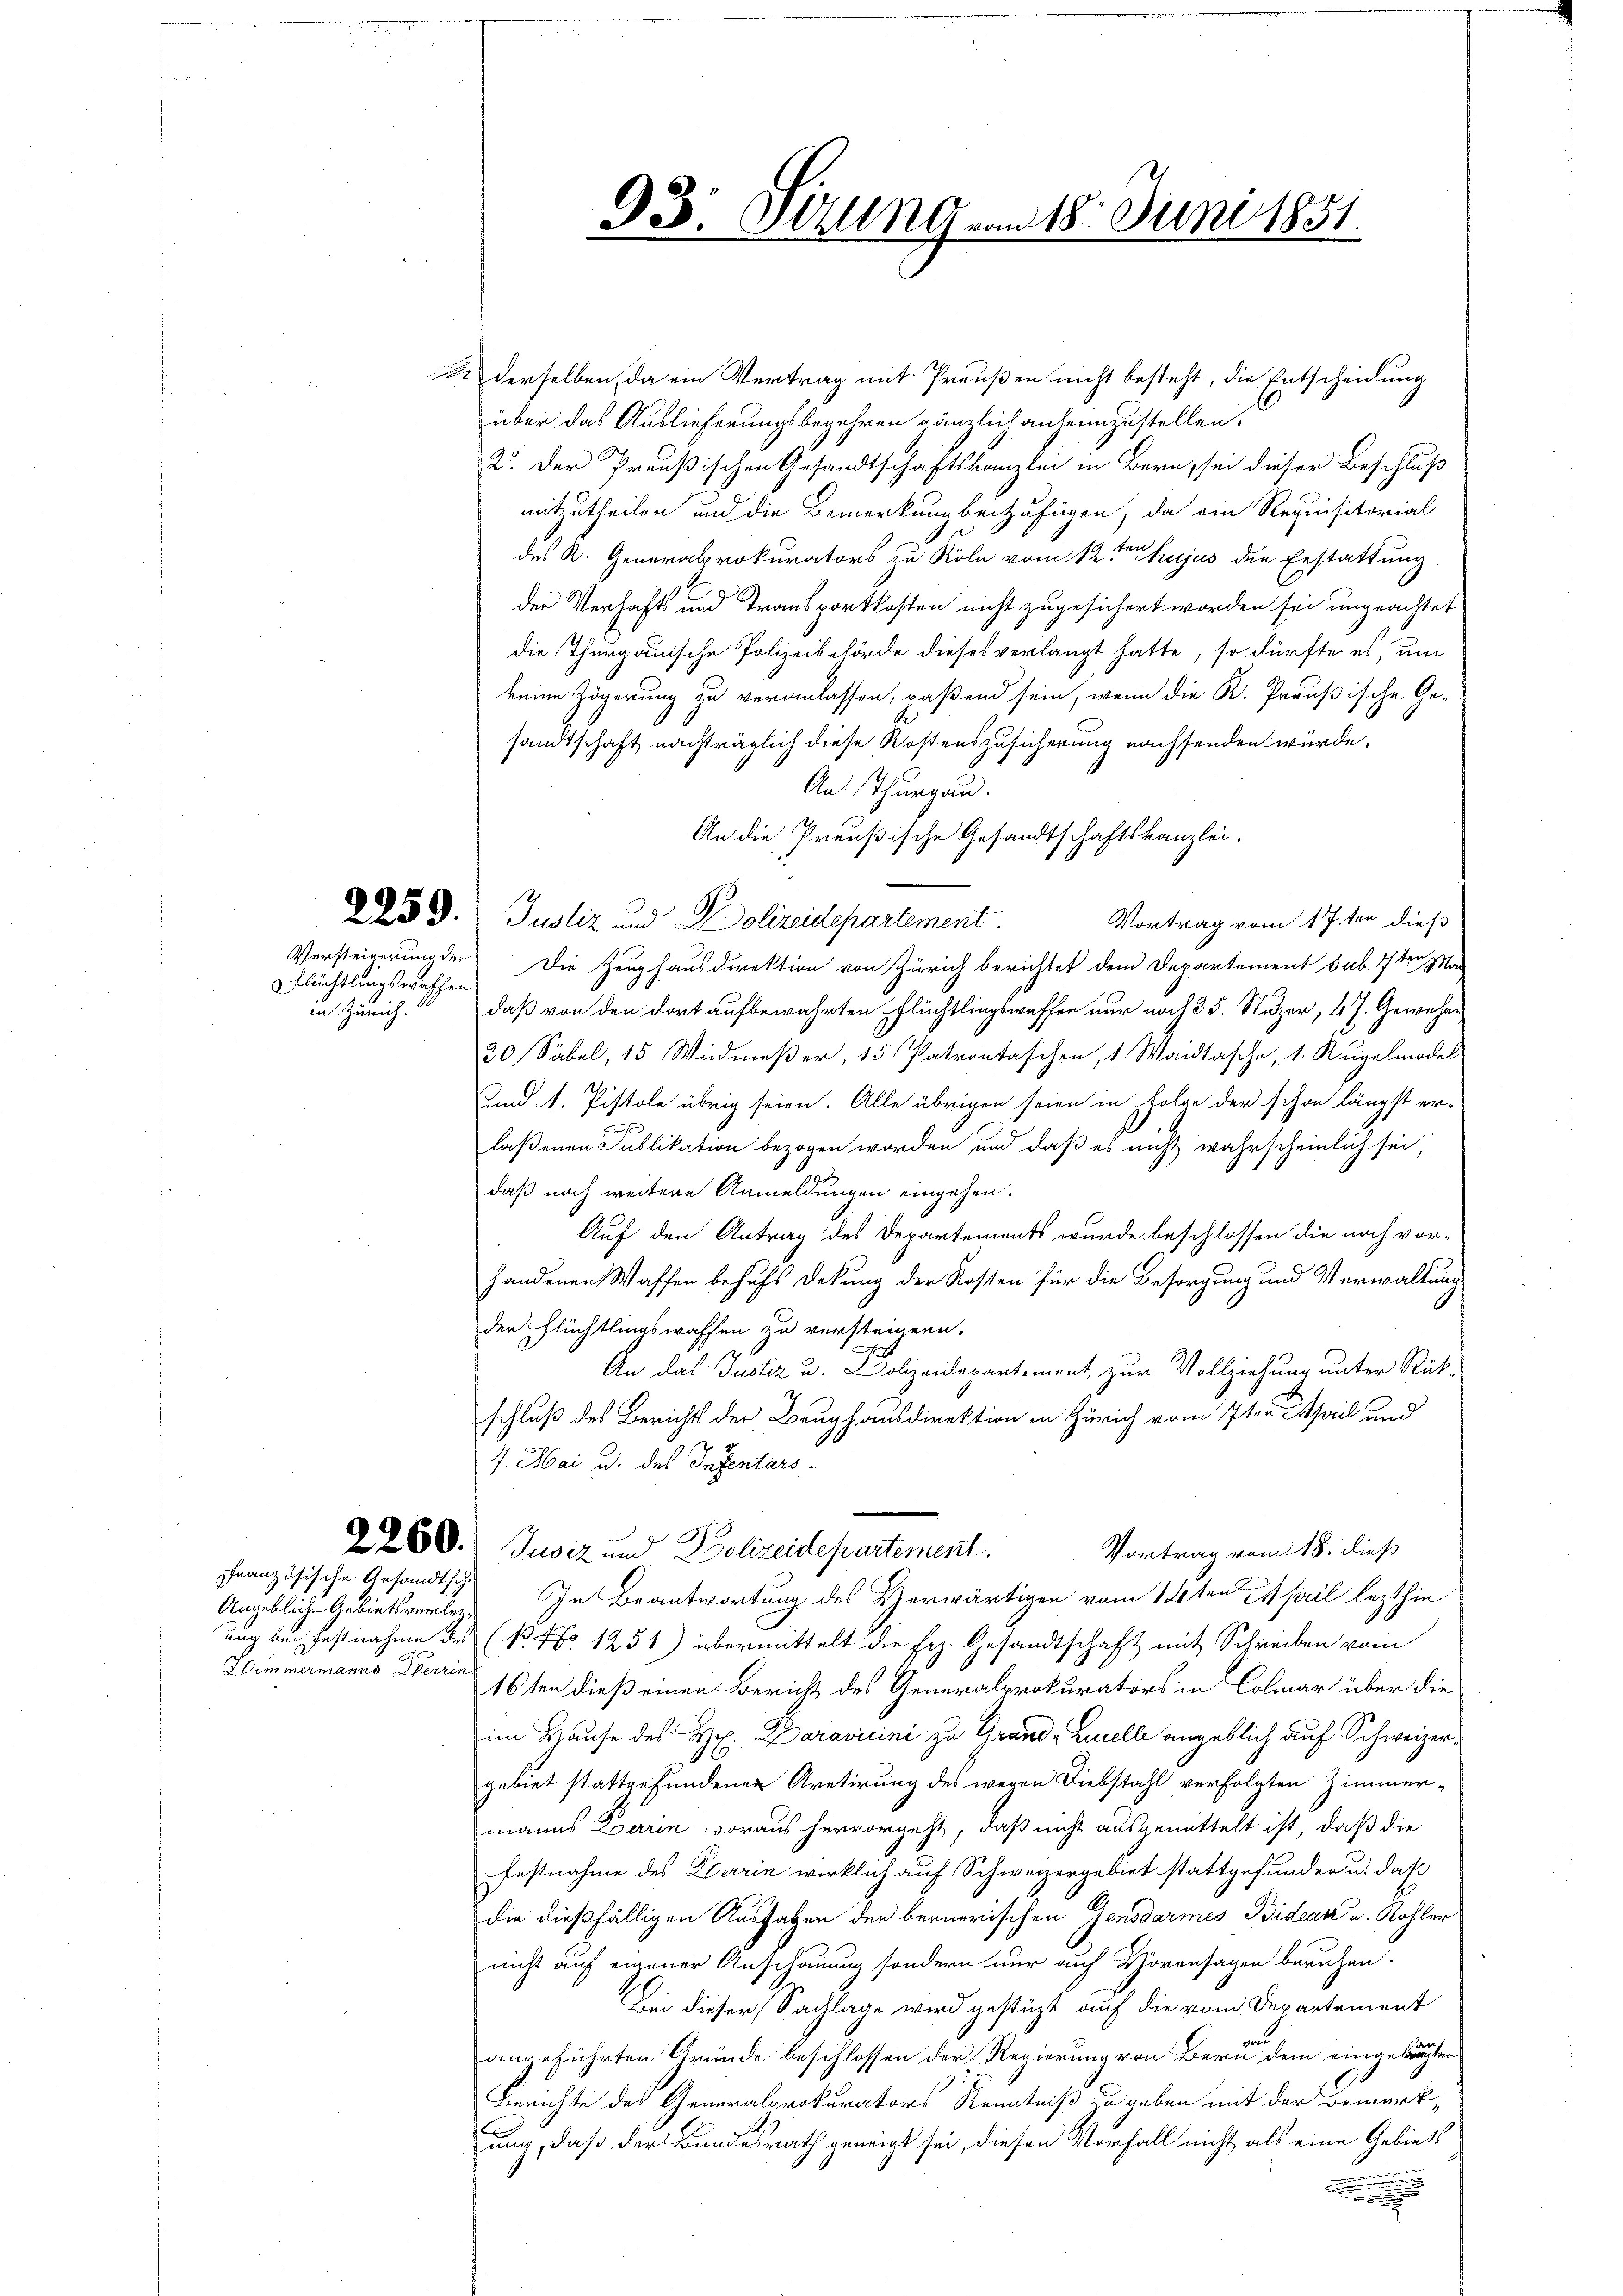
E

2 derselben, da ein Vertrag mit Preußen nicht besteht, die Entscheidung
über das Auslieferungsbegehren gänzlich anheimzustellen.
2. Der Preußischen Gesandtschaftskanzlei in Bern, sei dieser Beschluß
mitzutheilen und die Bemerkung beizufügen, da ein Requisitorial
des R. Generalprokurators zu Köln vom 12ten hujus den Erstattung
der Verhafts und Transportkosten nicht zugesichert worden sei ungeachtet
die Thurgauische Polizeibehörde dieses verlangt hatte, so dürfte es, um
keine Zögerung zu veranlassen, paßend sein, wenn die K. Preußische Ge-
sandtschaft nachträglich diese Kostenszusicherung nachsenden würde.
An Thurgau.
An die Preußische Gesandtschaftskanzlei-
2259. Justiz und Polizeidepartement.
Vortrag vom 17. ten dieß
Versteigerung der Die Zeughausdirektion von Zürich berichtet dem Departement sub. 17ten Mar
daß von den dort aufbewahrten Flüchtlingswaffen nur noch 35. Stutzer, 4 J. Gewehr¬
30 Säbel, 15 Widmeβer, 15 Patrontaschen, 1 Waidtasche, 1. Regelmadel
und A. Pistole übrig seien. Alle übrigen seien in Folge der schon längst er-
laßenen Publikation bezogen worden und daß es nicht wahrscheinlich sei,
daß noch weitere Anmeldungen eingehen.
Auf den Antrag des Departements wurde beschlossen die noch vorhandenen Waffen behufs Deckung der Kosten für die Besorgung und Verwaltung
der Flüchtlingswassen zu versteigen.
An das Justiz u. Polizeidepartement zur Vollziehung unter Rück-
schluß des Berichts der Beughausdirektion in Zürich vom 7ten thail und
7. Mai u. des Insentars.
2230. Jusiz und Polizeidepartement.
Vortrag vom 18. dieß
In Beantwortung des Verwärtigen vom 14ten es pril lezthin
ung bei Festnahme des (N. No 1251) übermittelt die Frz. Gesandtschaft mit Schreiben vom
16ten dieß einen Bericht des Generalprokurators in Colmar über die
im Hause des Hr. Daravicini zu Grund Lucelle angeblich auf Schweizergebiet stattgefundenen Aretirung des wegen Diebstahl verfolgten Zimmer-
manns Barin woraus hervorgeht, daß nicht ausgemittelt ist, daß die
Festnahme des Darin wirklich auf Schweizergebiet stattgefunden u. daß
die dießfälligen Ausgaben der bernerischen Gensdarmes Bidean u. Kohler
nicht auf eigener Anschauung sondern nur auf Horensagen beruhen.
Bei dieser Sachlage wird gestüzt auf die vom Departement
und
angeführten Gründe beschlossen der Regierung von Bern dem eingebraten
Berichte des Generalprokurators Kenntniß zu geben mit der Bemerkung, daß der Bundesrath geneigt sei, diesen Vorfall nicht als eine Gebiets

flüchtlingswaschen
in Zürich.

Französische Gesandtsch.

Angebliche Gebiets verlegu
Wimmermanns Herrin

93. Ottung vom 18. Juni 1851